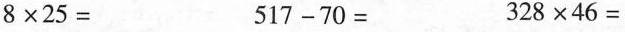
$$8 \times 25 =$$$$5 1 7 - 7 0 =$$$$3 2 8 \times 4 6 =$$